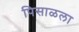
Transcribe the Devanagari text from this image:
पिसाळला